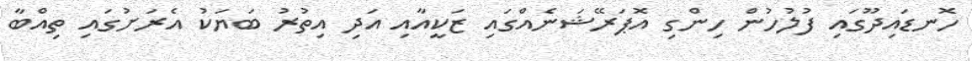
ހޮނޑައިދޫގައި ފުލުހުން ހިންގި އޮޕަރޭޝަނެއްގައި ޒަކީއާއި އަދި އިތުރު ބަޔަކު އެރަށުގައި ތިއްބާ